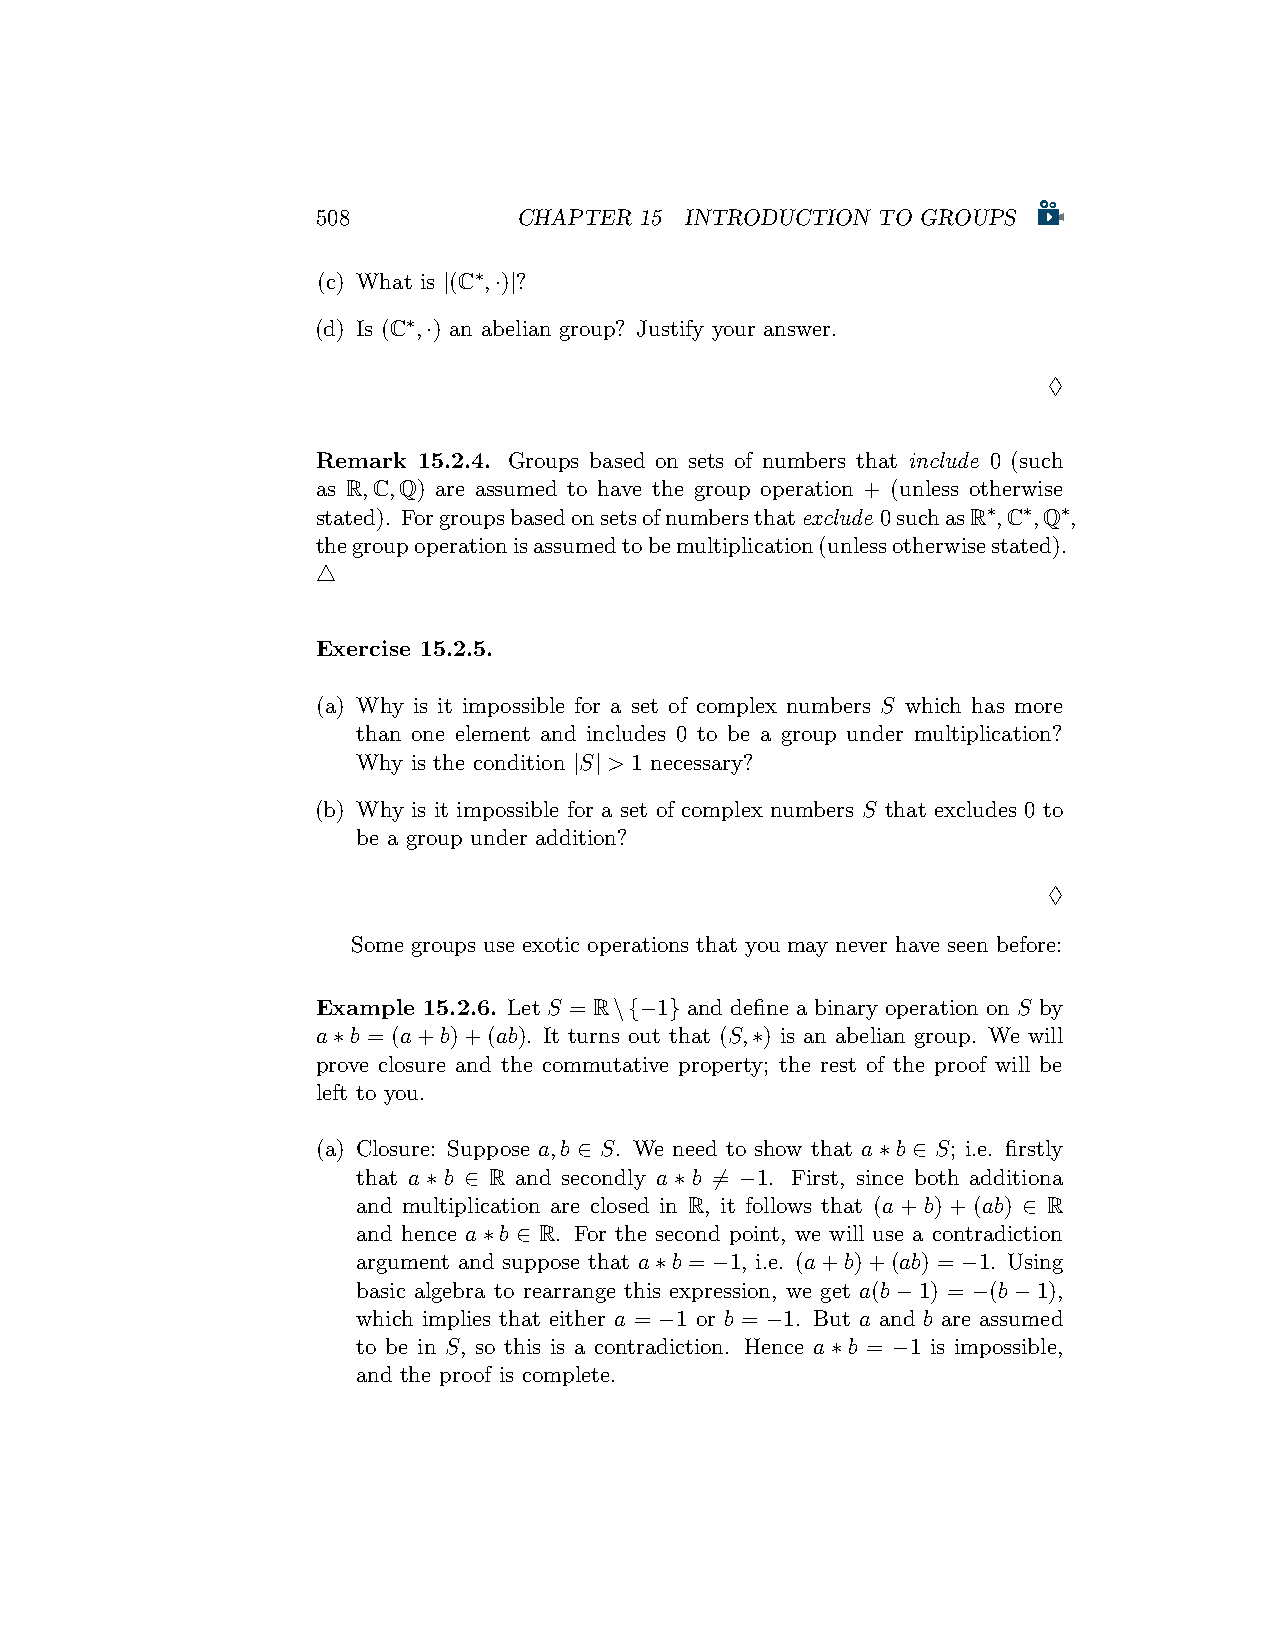
508          CHAPTER 15 INTRODUCTION TO GROUPS
 (c) What is |(C∗,·)|?
 (d) Is (C∗,·) an abelian group? Justify your answer.
 ♢
 Remark 15.2.4. Groups based on sets of numbers that include 0 (such
 as R,C,Q) are assumed to have the group operation + (unless otherwise
 stated). Forgroupsbasedonsetsofnumbersthatexclude 0suchasR∗,C∗,Q∗,
 thegroupoperationisassumedtobemultiplication(unlessotherwisestated).
 △
 Exercise 15.2.5.
 (a) Why is it impossible for a set of complex numbers S which has more
 than one element and includes 0 to be a group under multiplication?
 Why is the condition |S| > 1 necessary?
 (b) Why is it impossible for a set of complex numbers S that excludes 0 to
 be a group under addition?
 ♢
 Some groups use exotic operations that you may never have seen before:
 Example 15.2.6. Let S = R\{−1} and define a binary operation on S by
 a∗b = (a+b)+(ab). It turns out that (S,∗) is an abelian group. We will
 prove closure and the commutative property; the rest of the proof will be
 left to you.
 (a) Closure: Suppose a,b ∈ S. We need to show that a∗b ∈ S; i.e. firstly
 that a ∗ b ∈ R and secondly a ∗ b ̸= −1. First, since both additiona
 and multiplication are closed in R, it follows that (a + b) + (ab) ∈ R
 and hence a∗b ∈ R. For the second point, we will use a contradiction
 argument and suppose that a∗b = −1, i.e. (a+b)+(ab) = −1. Using
 basic algebra to rearrange this expression, we get a(b−1) = −(b−1),
 which implies that either a = −1 or b = −1. But a and b are assumed
 to be in S, so this is a contradiction. Hence a∗b = −1 is impossible,
 and the proof is complete.